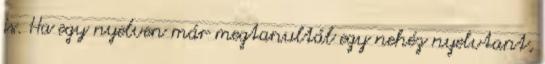
is. Ha egy nyelven már megtanultál egy nehéz nyelvtant,